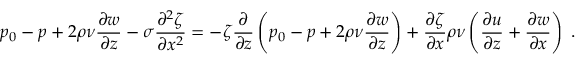
p _ { 0 } - p + 2 \rho \nu \frac { \partial w } { \partial z } - \sigma \frac { \partial ^ { 2 } \zeta } { \partial x ^ { 2 } } = - \zeta \frac { \partial } { \partial z } \left( p _ { 0 } - p + 2 \rho \nu \frac { \partial w } { \partial z } \right) + \frac { \partial \zeta } { \partial x } \rho \nu \left( \frac { \partial u } { \partial z } + \frac { \partial w } { \partial x } \right) \; .